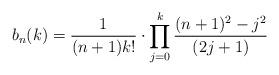
LaTeX: \begin{align*}b_n(k)= \frac{1}{(n+1)k!} \cdot \prod_{j=0}^{k}\frac{(n+1)^2-j^2}{(2j+1)}\,\,\,\,\,\end{align*}